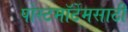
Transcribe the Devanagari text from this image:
पोस्टमॉर्टेमसाठी